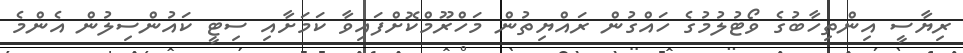
ރިޔާސީ އިންތިހާބުގެ ވޯޓުލުމުގެ ހައްގުން ރައްޔިތުން މަހްރޫމްކޮށްފައިވާ ކަމަށާއި ސިޓީ ކައުންސިލުން އެންމެ